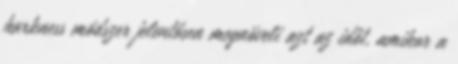
harkness módszer jelentősen megnöveli azt az időt, amikor a